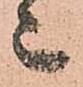
々